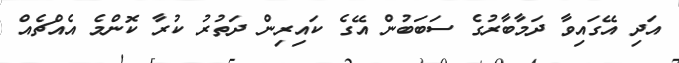
އަދި އޭގައިވާ ދަމާބާރުގެ ސަބަބުން އޭގެ ކައިރިން ދަތުރު ކުރާ ކޮންމެ އެއްޗެއް